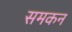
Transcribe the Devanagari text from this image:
समकन